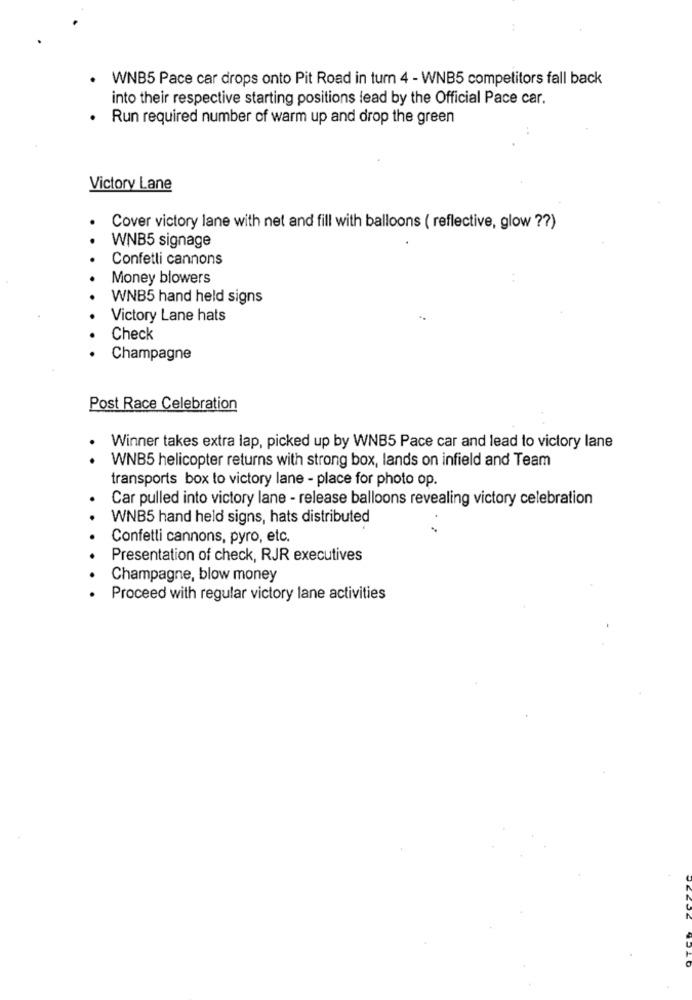
· WNB5 Pace car drops onto Pit Road in tum 4 - WNB5 competitors fall back
into their respective starting positions lead by the Official Pace car.
.
Run required number of warm up and drop the green
Victory Lane
Cover victory lane with net and fill with balloons ( reflective, glow ?? )
WNB5 signage
Confetti cannons
Money blowers
WNB5 hand held signs
Victory Lane hats
Check
Champagne
Post Race Celebration
Winner takes extra lap, picked up by WNB5 Pace car and lead to victory lane
WNB5 helicopter returns with strong box, lands on infield and Team
transports box to victory lane - place for photo op.
Car pulled into victory lane - release balloons revealing victory celebration
WNB5 hand held signs, hats distributed
Confetti cannons, pyro, etc.
Presentation of check, RJR executives
Champagne, blow money
Proceed with regular victory lane activities